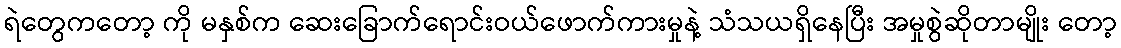
ရဲတွေကတော့ ကို မနှစ်က ဆေးခြောက်ရောင်းဝယ်ဖောက်ကားမှုနဲ့ သံသယရှိနေပြီး အမှုစွဲဆိုတာမျိုး တော့